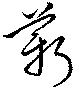
薪